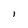
Character: l